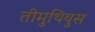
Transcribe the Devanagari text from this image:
तीमुथियुस